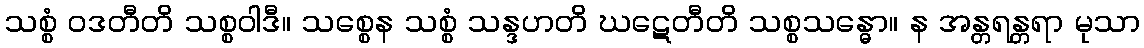
သစ္စံ ဝဒတီတိ သစ္စဝါဒီ။ သစ္စေန သစ္စံ သန္ဒဟတိ ဃဋေတီတိ သစ္စသန္ဓော။ န အန္တရန္တရာ မုသာ